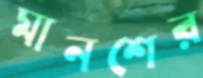
মানশের